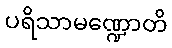
ပရိသာမဏ္ဍောတိ